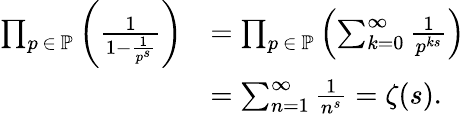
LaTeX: {\begin{array}{rl}{\prod_{p\, \in\, \mathbb{P}}\left({\frac{1}{1-{\frac{1}{p^{s}}}}}\right)}&{=\prod_{p\ \in\ \mathbb{P}}\left(\sum_{k=0}^{\infty}{\frac{1}{p^{ks}}}\right)}\\ &{=\sum_{n=1}^{\infty}{\frac{1}{n^{s}}}=\zeta(s).}\end{array}}